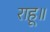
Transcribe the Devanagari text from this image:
राहू॥